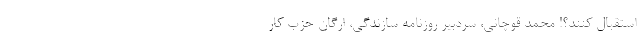
استقبال کنند؟! محمد قوچانی، سردبیر روزنامه سازندگی، ارگان حزب کار